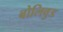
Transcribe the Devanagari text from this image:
बोलिवुड